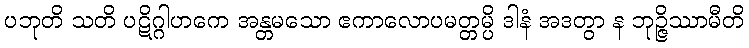
ပဘုတိ သတိ ပဋိဂ္ဂါဟကေ အန္တမသော ဧကာလောပမတ္တမ္ပိ ဒါနံ အဒတွာ န ဘုဉ္ဇိဿာမီတိ